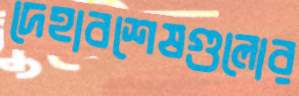
দেহাবশেষগুলোর